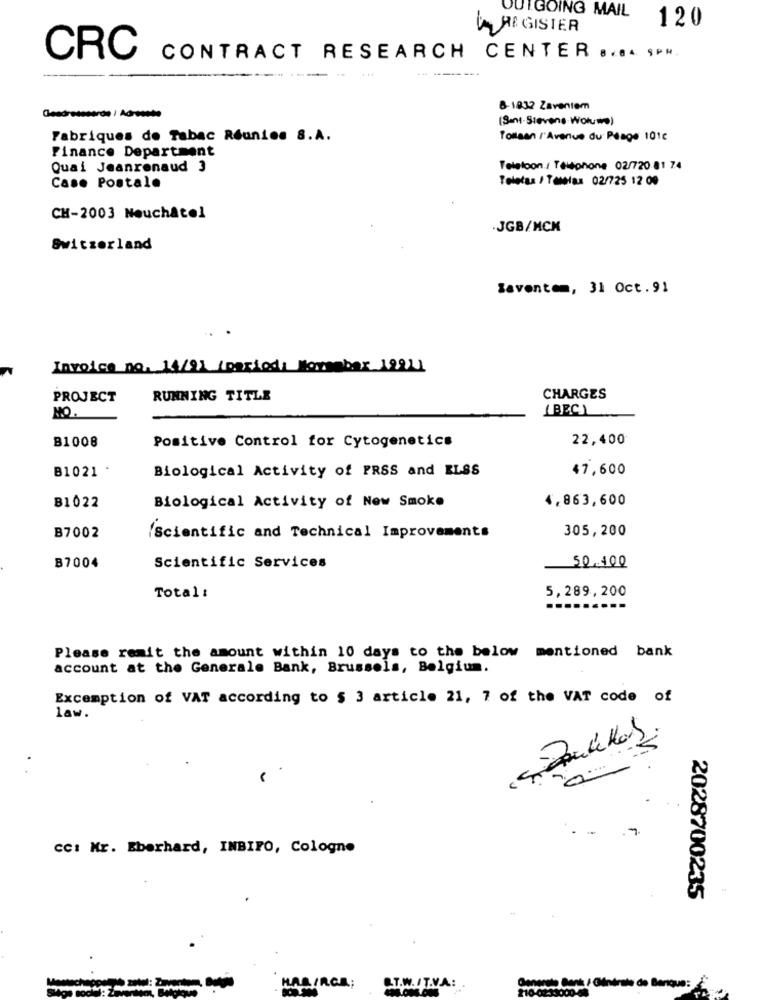
OUTGOING MAIL
120
REGISTER
CRC
CONTRACT RESEARCH CENTER 8.84 9PM.
8-1832 Zaventem
(Sent-Stevens Wotuto)
Fabriques de Tabac Réunies S.A.
Tostaen /'Avenue du Péage 101c
Finance Department
Quai Jeanrenaud 3
Telefoon./ Téléphone 02/720 81 74
Teletas / Tallas 02/725 12 00
Case Postale
CH-2003 Neuchâtel
.JGB/MCK
Switzerland
Zaventem, 31 Oct.91
Invoice no. 14/91 (paried Morember 12211
PROJECT
RUNNING TITLE
CHARGES
LBEC)
NO.
22,400
B1008
Positive Control for Cytogenetics
B1021 .
Biological Activity of PRSS and ELSS
47,600
Biological Activity of New Smoke
4,863,600
B1022
305,200
B7002
/Scientific and Technical Improvements
B7004
Scientific Services
50-100
5,289,200
Total:
.....
Please remit the amount within 10 days to the below mentioned bank
account at the Generale Bank, Brussels, Belgium.
Excemption of VAT according to $ 3 article 21, 7 of the VAT code of
law.
..
.7.
CC: Mr. Eberhard, INBIFO, Cologne
2028700235
MALINGA;
ST.W.IT.V.A:
Generate Cant / OMinérale de Banque: